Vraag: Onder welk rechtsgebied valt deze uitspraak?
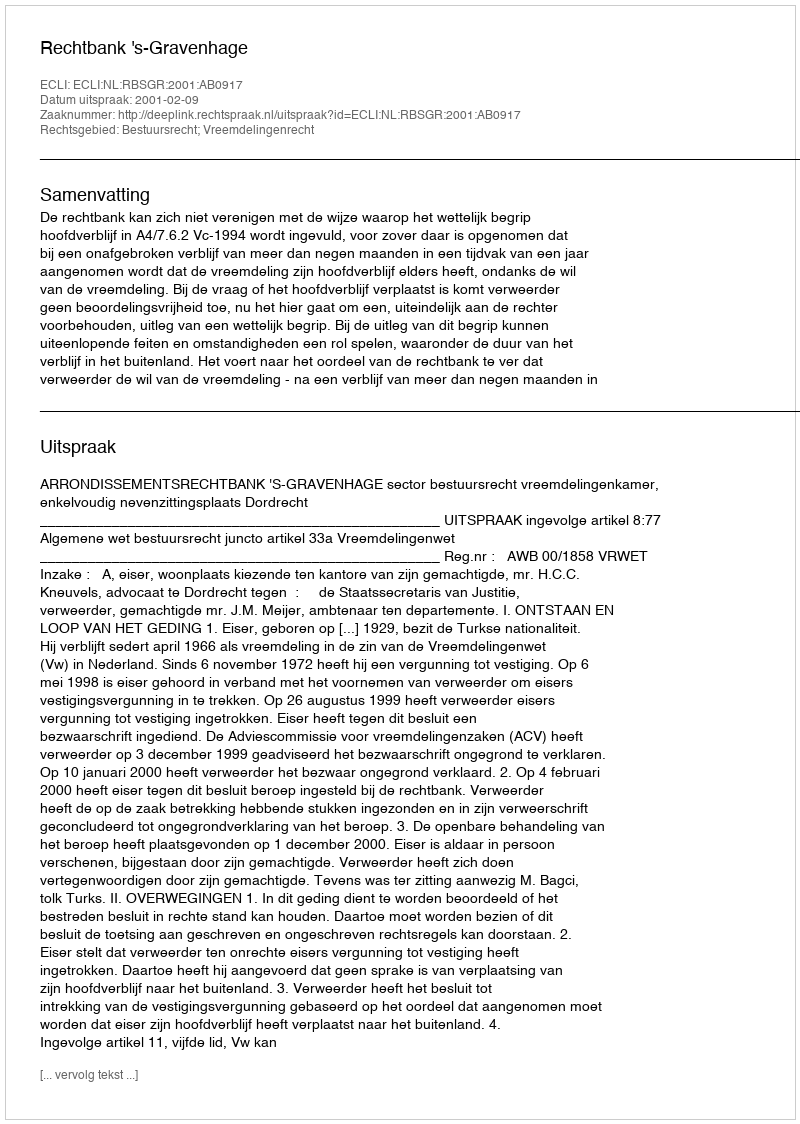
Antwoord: Bestuursrecht; Vreemdelingenrecht